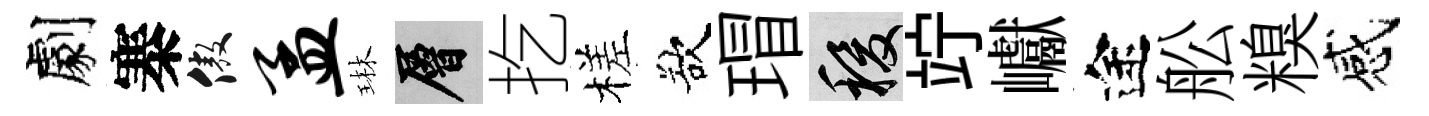
劇寨傲孟琳層扢槎欲瑁稷竚巘途舩糗感